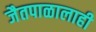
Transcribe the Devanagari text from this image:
जैतपाळालाही